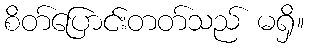
စိတ်ပြောင်းတတ်သည် မရှိ။